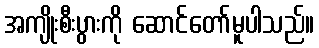
အကျိုးစီးပွားကို ဆောင်တော်မူပါသည်။